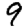
Digit: 9